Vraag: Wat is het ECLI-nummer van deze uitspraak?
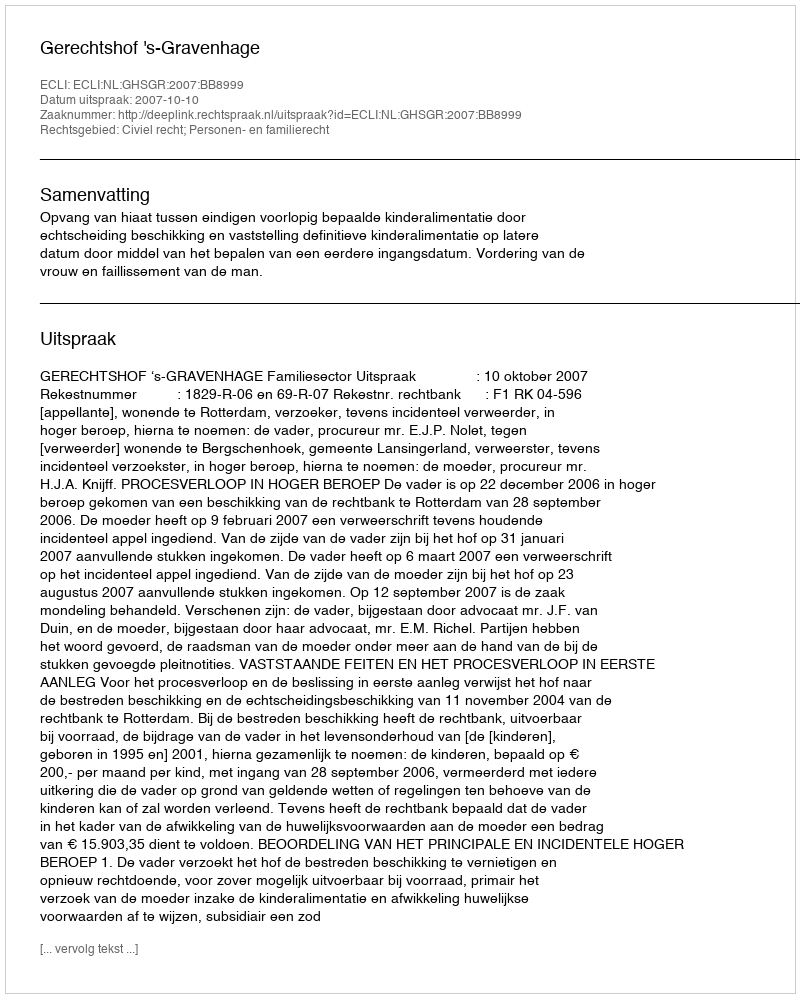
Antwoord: ECLI:NL:GHSGR:2007:BB8999